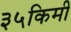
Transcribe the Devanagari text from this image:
३५किमी